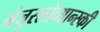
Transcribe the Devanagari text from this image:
मेजुस्लोव्यान्स्की